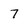
Character: 7